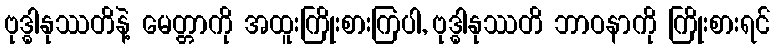
ဗုဒ္ဓါနုဿတိနဲ့ မေတ္တာကို အထူးကြိုးစားကြပါ, ဗုဒ္ဓါနုဿတိ ဘာဝနာကို ကြိုးစားရင်